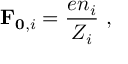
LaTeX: \mathbf { F } _ { \mathbf { 0 } , i } = \frac { e n _ { i } } { Z _ { i } } \ ,